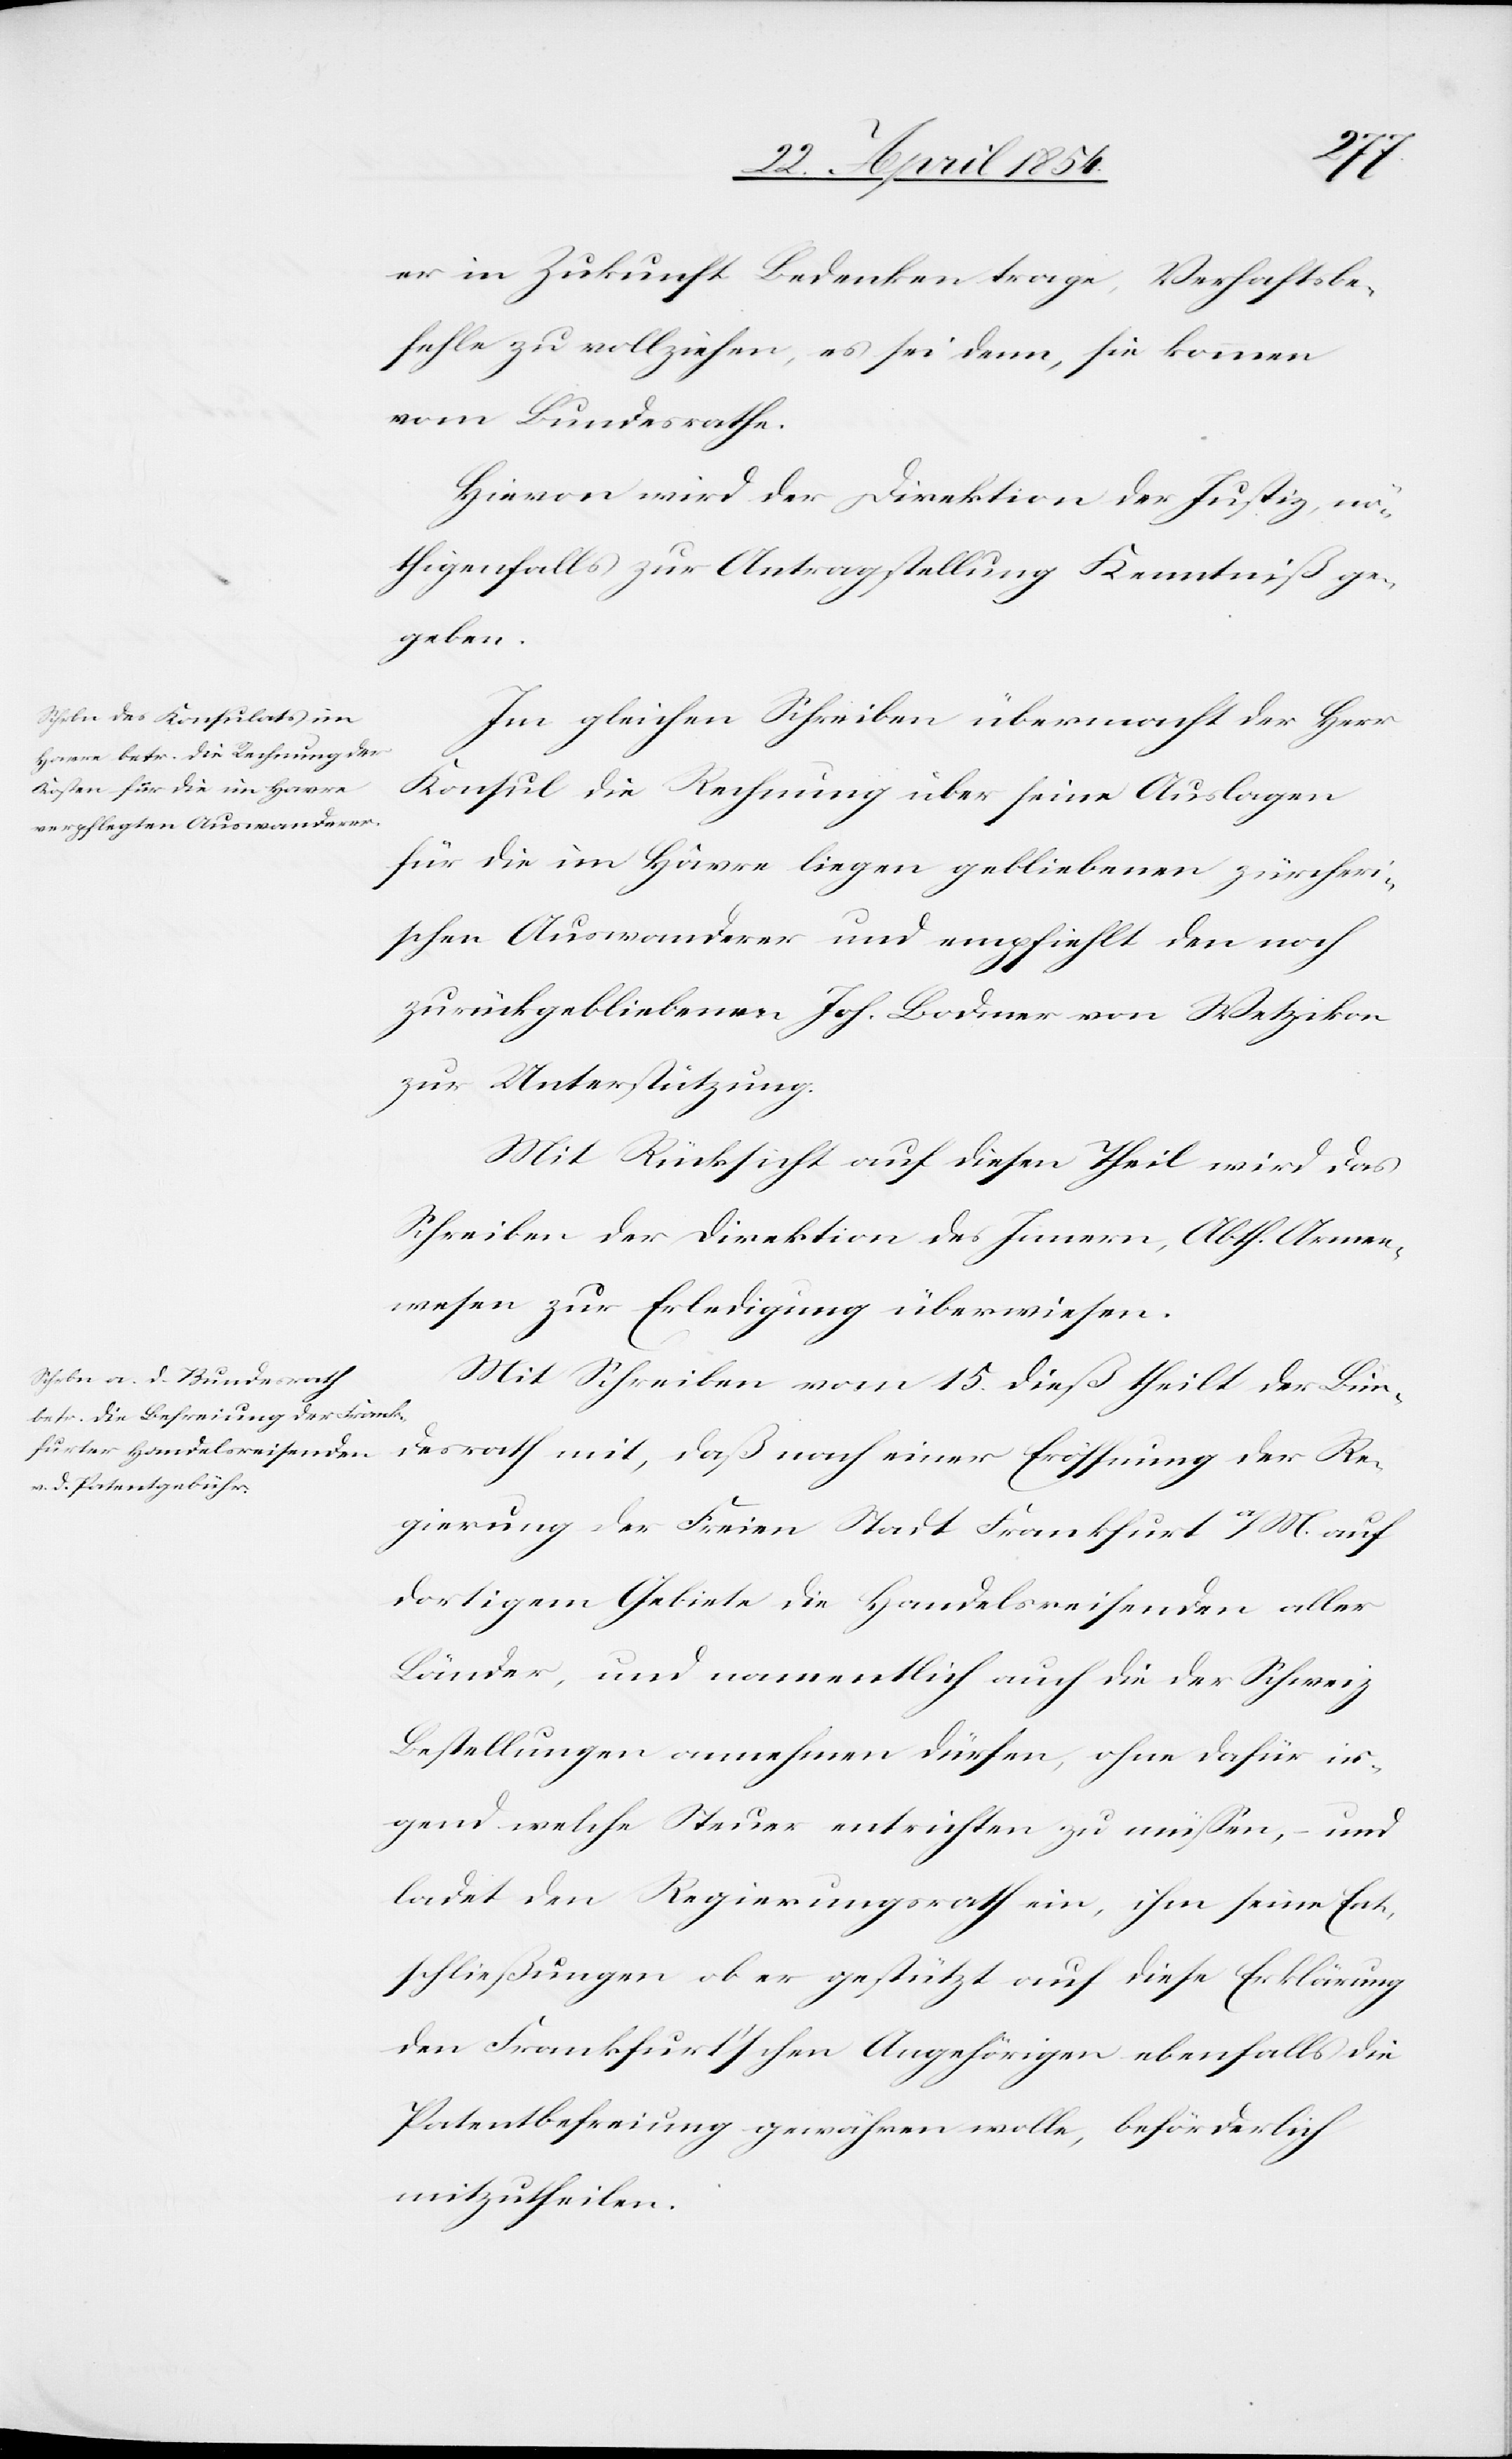
den
25. April 1854.]
er in Zukunft Bedenken trage, Verhaftsbe¬
fehle zu vollziehen, es sei denn, sie kommen
vom Bundesrathe.
Hievon wird der Direktion der Justiz, nö¬
thigenfalls zur Antragstellung Kenntniß ge¬
geben.
Im gleichen Schreiben übermacht der K¬
onsul die Rechnung über seine Auslagen
für die im Hâvre liegen gebliebenen zürcheri¬
schen Auswanderer und empfiehlt den noch
zurückgebliebenen Joh. Bodmer von Wetzikon
zur Unterstützung.
Mit Rücksicht auf diesen Theil wird das
Schreiben der Direktion des Innern, Abth. Armen¬
wesen zur Erledigung überwiesen.
Mit Schreiben vom 15. dieß theilt der Bun¬
desrath mit, daß nach einer Eröffnung der Re¬
gierung der Freien Stadt Frankfurt a/M. auf
dortigem Gebiete die Handelsreisenden aller
Länder, und namentlich auch die der Schweiz
Bestellungen annehmen dürfen, ohne dafür ir¬
gend welche Steuer entrichten zu müßen, – und
ladet den Regierungsrath ein, ihm seine Ent¬
schließungen ob er gestützt auf diese Erklärung
den Frankfurt’schen Angehörigen ebenfalls die
Patentbefreiung gewähren wolle, beförderlich
mitzutheilen.